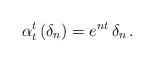
LaTeX: \begin{align*}\alpha_t^t \, (\delta_n) = e^{nt} \, \delta_n \, . \end{align*}